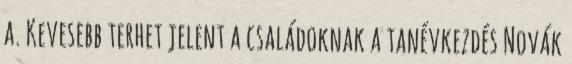
a. Kevesebb terhet jelent a családoknak a tanévkezdés Novák